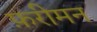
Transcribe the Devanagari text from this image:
फ़रीमन